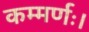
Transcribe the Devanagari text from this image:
कम्मर्णः।